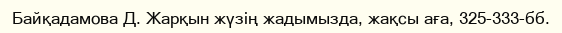
Байқадамова Д. Жарқын жүзің жадымызда, жақсы аға, 325-333-бб.